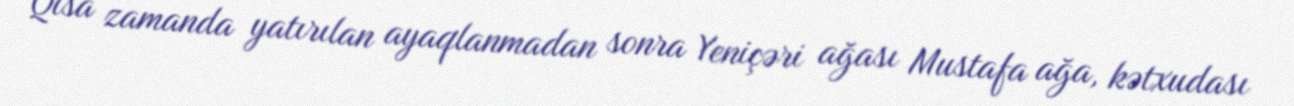
Qısa zamanda yatırılan ayaqlanmadan sonra Yeniçəri ağası Mustafa ağa, kətxudası